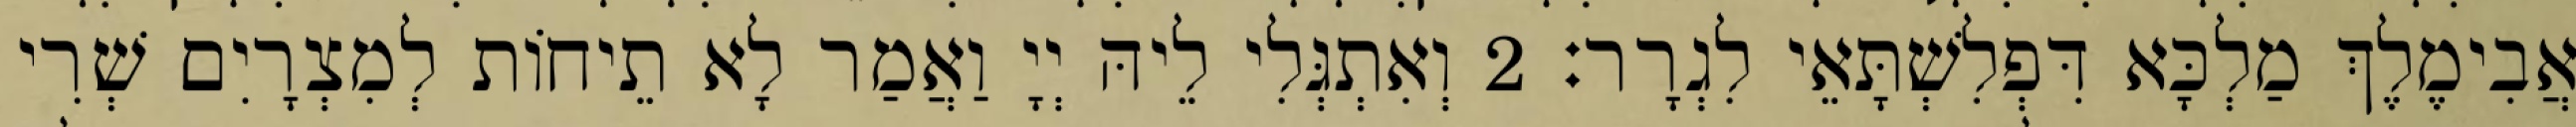
אֲבִימֶלֶךְ מַלְכָּא דִּפְלִשְׁתָּאֵי לִגְרָר׃ 2 וְאִתְגְּלִי לֵיהּ יְיָ וַאֲמַר לָא תֵיחוֹת לְמִצְרָיִם שְׁרִי